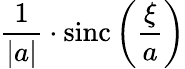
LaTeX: {\frac{1}{|a|}}\cdot\operatorname{sinc}\left({\frac{\xi}{a}}\right)